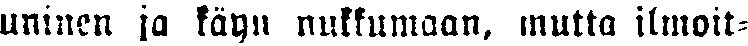
uninen ja käyn nukkumaan, mutta ilmoit-